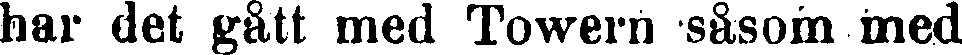
har det gått med Towern såsom med